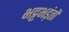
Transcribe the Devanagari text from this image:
भट्टभड़ंतों